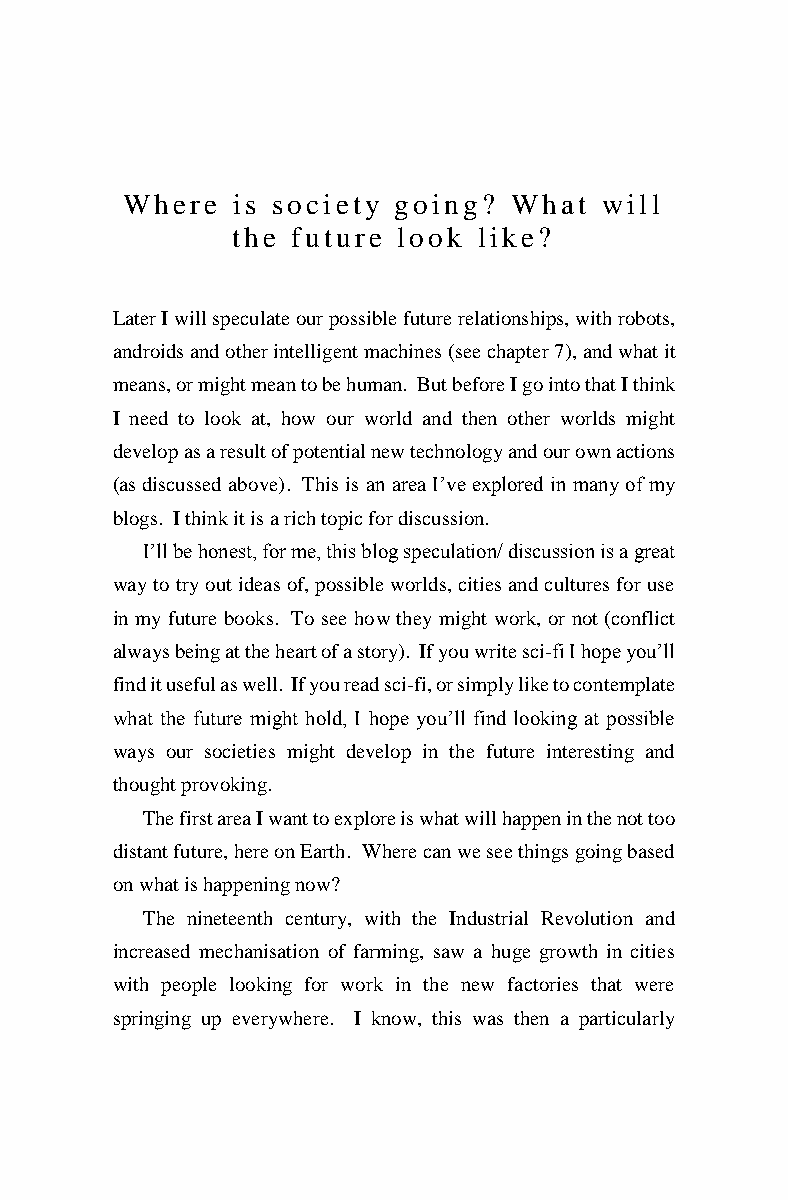
Where  is society going?  What  will
 the future look  like?
 Later I will speculate our possible future relationships, with robots,
 androids and other intelligent machines (see chapter 7), and what it
 means, or might mean to be human. But before I go into that I think
 I need to look at, how our world and then other worlds might
 develop as a result of potential new technology and our own actions
 (as discussed above). This is an area I’ve explored in many of my
 blogs. I think it is a rich topic for discussion.
 I’ll be honest, for me, this blog speculation/ discussion is a great
 way to try out ideas of, possible worlds, cities and cultures for use
 in my future books. To see how they might work, or not (conflict
 always being at the heart of a story). If you write sci-fi I hope you’ll
 find it useful as well. If you read sci-fi, or simply like to contemplate
 what the future might hold, I hope you’ll find looking at possible
 ways our societies might develop in the future interesting and
 thought provoking.
 The first area I want to explore is what will happen in the not too
 distant future, here on Earth. Where can we see things going based
 on what is happening now?
 The nineteenth century, with the Industrial Revolution and
 increased mechanisation of farming, saw a huge growth in cities
 with people looking for work in the new factories that were
 springing up everywhere. I know, this was then a particularly